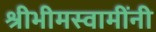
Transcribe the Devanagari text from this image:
श्रीभीमस्वामींनी